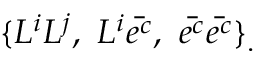
\{ L ^ { i } L ^ { j } , ~ L ^ { i } \bar { e ^ { c } } , ~ \bar { e ^ { c } } \bar { e ^ { c } } \} _ { . }